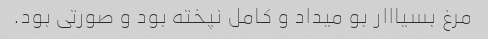
مرغ بسیااار بو میداد و کامل نپخته بود و صورتی بود.